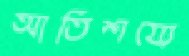
আতিশয্যে